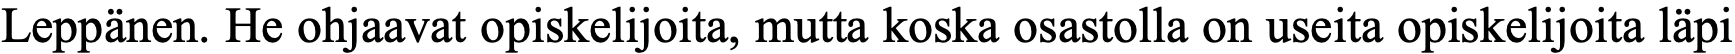
Leppänen. He ohjaavat opiskelijoita, mutta koska osastolla on useita opiskelijoita läpi